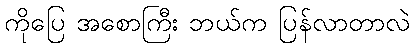
ကိုပြေ အစောကြီး ဘယ်က ပြန်လာတာလဲ